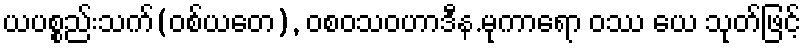
ယပစ္စည်းသက်(ဝစ်ယတေ), ဝစဝသဝဟာဒီန.မုကာရော ဝဿ ယေ သုတ်ဖြင့်